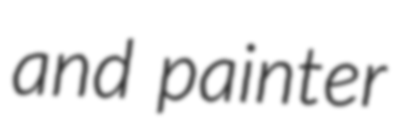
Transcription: and painter